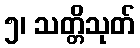
၅၊ သတ္တိသုတ်